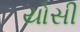
યોસી